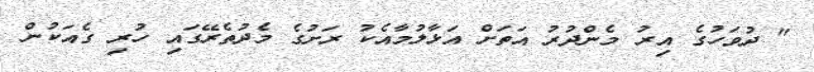
" ދުވަހުގެ އިރު މެންދުރު އަތަށް އަޅާލުމާއެކު ރަށުގެ މެދުތެރޭގައި ހުރި ގެއަކުން